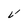
Character: V